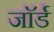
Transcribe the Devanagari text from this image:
जाॅर्ड